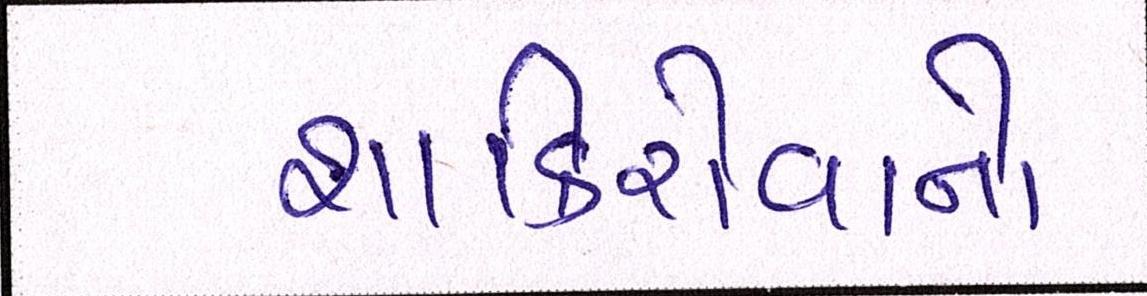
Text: શાકિરોવાનો